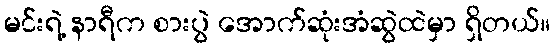
မင်းရဲ့ နာရီက စားပွဲ အောက်ဆုံးအံဆွဲထဲမှာ ရှိတယ်။